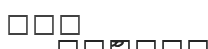
١٠٣